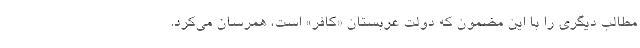
مطالب دیگری را با این مضمون که دولت عربستان «کافر» است، همرسان می‌کرد.